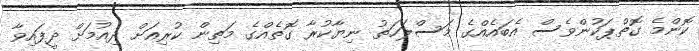
ކޮންމެ ގޮތްޕަކުންވެސް އެބައެއްގެ މަސްލަހަތު ނިޔާކުރާ ގޮތެއްގެ މަތިން ކުރިއަށް ދިއުމަށް ދީފައިވާ